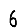
Digit: 6